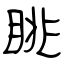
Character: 眺